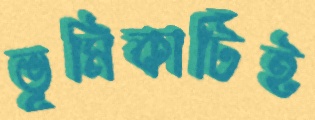
ভূমিকাটিই